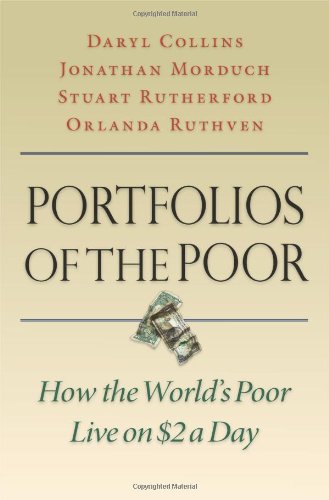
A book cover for Portfolios of the Poor: How the World's Poor Live on $2 a Day; Daryl Collins; Business & Money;